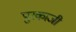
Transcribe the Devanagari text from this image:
पुरकाजी